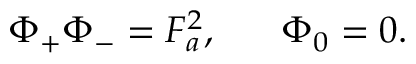
\Phi _ { + } \Phi _ { - } = F _ { a } ^ { 2 } , ~ ~ ~ ~ ~ \Phi _ { 0 } = 0 .